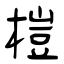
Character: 榿